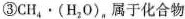
③CH_{4}·(H_{2}O)_{n}，属于化合物